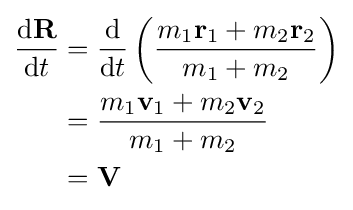
{\begin{aligned}{\frac {{\rm {d}}\mathbf {R} }{{\rm {d}}t}}&={\frac {\rm {d}}{{\rm {d}}t}}\left({\frac {m_{1}\mathbf {r} _{1}+m_{2}\mathbf {r} _{2}}{m_{1}+m_{2}}}\right)\\&={\frac {m_{1}\mathbf {v} _{1}+m_{2}\mathbf {v} _{2}}{m_{1}+m_{2}}}\\&=\mathbf {V} \\\end{aligned}}